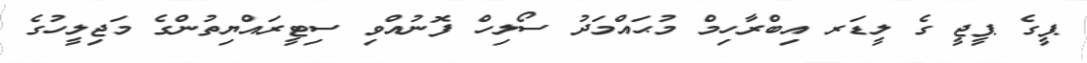
ޕީގެ ޕީޖީ ގެ ލީޑަރ އިބްރާހިމް މުޙައްމަދު ސޯލިހް ފޮނުއްވި ސިޓީރައްޔިތުންގެ މަޖިލީހުގެ